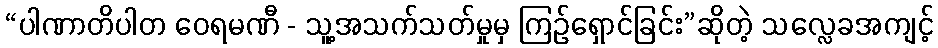
“ပါဏာတိပါတ ဝေရမဏီ - သူ့အသက်သတ်မှုမှ ကြဉ်ရှောင်ခြင်း”ဆိုတဲ့ သလ္လေခအကျင့်